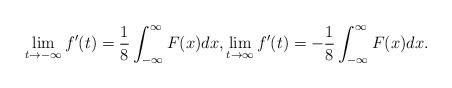
LaTeX: \begin{align*}\lim_{t\to -\infty}f'(t)=\frac{1}{8}\int_{-\infty}^{\infty}F(x)dx,\lim_{t\to\infty}f'(t)=-\frac{1}{8} \int_{-\infty}^{\infty}F(x)dx.\end{align*}